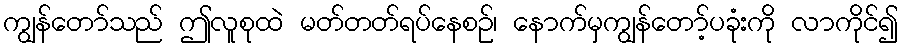
ကျွန်တော်သည် ဤလူစုထဲ မတ်တတ်ရပ်နေစဉ်၊ နောက်မှကျွန်တော့်ပခုံးကို လာကိုင်၍